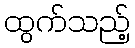
ထွက်သည့်